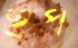
হুপ